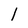
Character: l